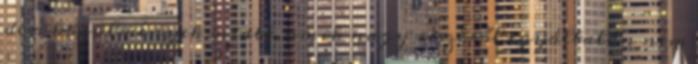
de a körülmények miatt, amik nagy részéről egyáltalán nem